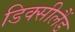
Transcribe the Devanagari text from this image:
डिक्सीलैंड